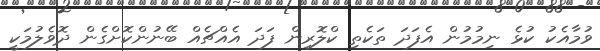
ވުމާއެކު ކުޅެ ނިމުމުން އެފަދަ ތަކެތި ކްލޮރިން ފަދަ އެއްޗެއް ބޭނުންކޮށްގެން ދޮވެލުމަކީ